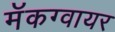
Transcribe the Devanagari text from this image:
मॅकग्वायर